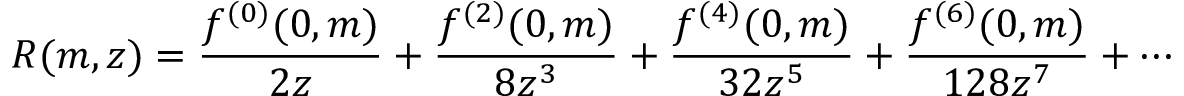
R ( m , z ) = \frac { f ^ { ( 0 ) } ( 0 , m ) } { 2 z } + \frac { f ^ { ( 2 ) } ( 0 , m ) } { 8 z ^ { 3 } } + \frac { f ^ { ( 4 ) } ( 0 , m ) } { 3 2 z ^ { 5 } } + \frac { f ^ { ( 6 ) } ( 0 , m ) } { 1 2 8 z ^ { 7 } } + \cdots